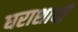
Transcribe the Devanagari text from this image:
घराशायी